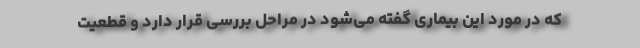
که در مورد این بیماری گفته می‌شود در مراحل بررسی قرار دارد و قطعیت